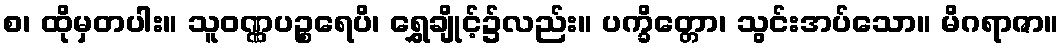
စ၊ ထိုမှတပါး။ သူဝဏ္ဏပဉ္စရေပိ၊ ရွှေချိုင့်၌လည်း။ ပက္ခိတ္တော၊ သွင်းအပ်သော။ မိဂရာဇာ။